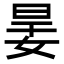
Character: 𡝎